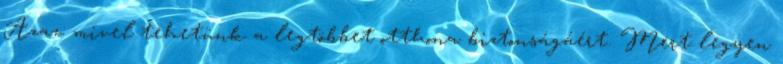
Azaz: mivel tehetünk a legtöbbet otthona biztonságáért. Mert legyen